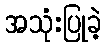
အသုံးပြုခဲ့